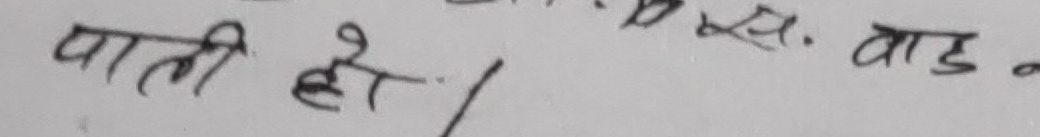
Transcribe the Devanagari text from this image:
पाली हो।